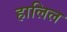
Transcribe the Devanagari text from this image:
हालिल